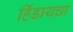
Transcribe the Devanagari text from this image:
हिंडायचा